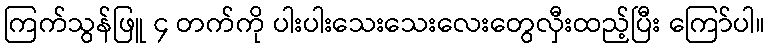
ကြက်သွန်ဖြူ ၄ တက်ကို ပါးပါးသေးသေးလေးတွေလှီးထည့်ပြီး ကြော်ပါ။